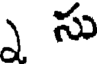
సు